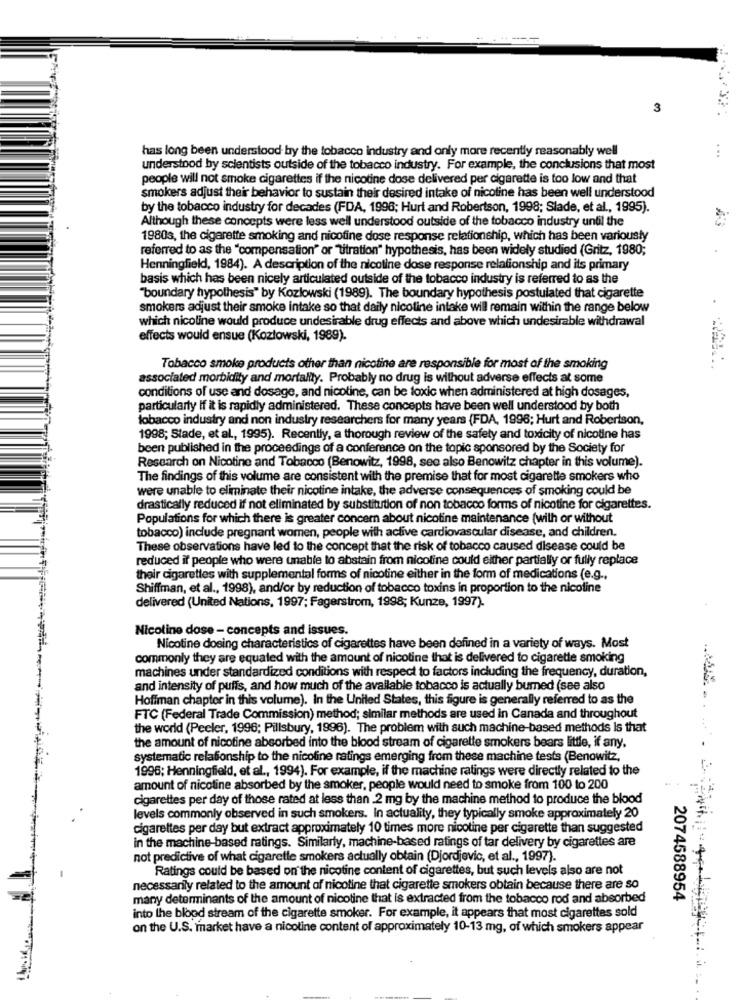
3
has long been understood by the tobacco industry and only more recently reasonably well
...
understood by scientists outside of the tobacco industry. For example, the conclusions that most
people will not smoke cigarettes if the nicotine dose delivered per cigarette is too low and that
smokers adjust their behavior to sustain their desired intake of nicoline has been well understood
by the tobacco industry for decades (FDA, 1998; Hurt and Robertson, 1998; Slade, et al ., 1995).
Although these concepts were less well understood outside of the tobacco industry until the
1980s, the cigarette smoking and nicotine dose response relationship, which has been variously
referred to as the "compensation" or "titration" hypothesis, has been widely studied (Gritz, 1980;
Henningfield, 1984). A description of the nicotine dose response relationship and its primary
basis which has been nicely articulated outside of the tobacco industry is referred to as the
"boundary hypothesis" by Kozlowski (1989). The boundary hypothesis postulated that cigarette
smokers adjust their smoke intake so that daily nicoline intake will remain within the range below
which nicoline would produce undesirable drug effects and above which undesirable withdrawal
effects would ensue (Kozłowski, 1989).
Tobacco smoke products other than nicotine are responsible for most of the smoking
associated morbidity and mortality. Probably no drug is without adverse effects at some
conditions of use and dosage, and nicotine, can be toxic when administered at high dosages,
particularly If it is rapidly administered. These concepts have been well understood by both
tobacco industry and non industry researchers for many years (FDA, 1996; Hurt and Robertson,
1998; Stade, et al ., 1995). Recently, a thorough review of the safety and toxicity of nicotine has
been published in the proceedings of a conference on the topic sponsored by the Society for
Research on Nicotine and Tobacco (Benowitz, 1998, see also Benowitz chapter in this volume).
The findings of this volume are consistent with the premise that for most cigarette smokers who
were unable to eliminate their nicotine intake, the adverse consequences of smoking could be
drastically reduced if not eliminated by substitution of non tobacco forms of nicotine for cigarettes.
Populations for which there is greater concern about nicotine maintenance (with or without
tobacco) include pregnant women, people with active cardiovascular disease, and children.
These observations have led to the concept that the risk of tobacco caused disease could be
reduced if people who were unable to abstain from nicotine could either partially or fully replace
their cigarettes with supplemental forms of nicotine either in the form of medications (e.g .,
Shiffman, et al ., 1998), and/or by reduction of tobacco toxins in proportion to the nicotine
delivered (United Nations, 1997; Fagerstrom, 1998; Kunze, 1997).
Nicotine dose - concepts and issues.
Nicotine dosing characteristics of cigarettes have been defined in a variety of ways. Most
commonly they are equaled with the amount of nicotine that is delivered to cigarette smoking
machines under standardized conditions with respect to factors including the frequency, duration,
and intensity of puffs, and how much of the available tobacco is actually bumed (see also
Hoffman chapter in this volume). In the United States, this figure is generally referred to as the
FTC (Federal Trade Commission) method; similar methods are used in Canada and throughout
the world (Peeler, 1996; Pillsbury, 1996). The problem with such machine-based methods Is that
the amount of nicotine absorbed into the blood stream of cigarette smokers bears little, if any,
systematic relationship to the nicoline ratings emerging from these machine tests (Benowitz,
1996; Henningfield, et al ., 1994). For example, if the machine ratings were directly related to the
amount of nicotine absorbed by the smoker, people would need to smoke from 100 to 200
cigarettes per day of those rated at less than 2 mg by the machine method to produce the blood
levels commonly observed in such smokers. In actuality, they typically smoke approximately 20
cigarettes per day but extract approximately 10 times more nicotine per cigarette than suggested
in the machine-based ratings. Similarly, machine-based ratings of tar delivery by cigarettes are
not predictive of what cigarette smokers actually obtain (Djordjevic, et al ., 1997).
Ratings could be based on the nicotine content of cigarettes, but such levels also are not
necessarily related to the amount of nicotine that cigarette smokers obtain because there are so
many determinants of the amount of nicotine that is extracted from the tobacco rod and absorbed
2074588954
into the blood stream of the cigarette smoker. For example, it appears that most cigarettes sold
on the U.S. market have a nicoline content of approximately 10-13 mg, of which smokers appear